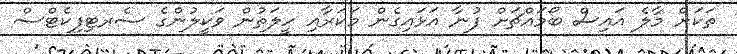
ތަަކަށް މާލެ އައިސް ބޯމައްޗަށް ފުނާ އަޅައިގެން މަކަރާއި ހީލަތުން ވަކީލުންގެ ސެރޓިފިކެޓްސް